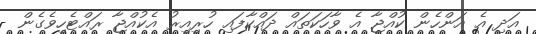
އަދި އެ އަންހެން ކުއްޖާ އެ ވާހަކަތައް ދައްކާފައި ހުރިއިރު އެކުއްޖާ ރައްޓެހިވެގެން